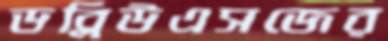
ডব্লিউএসজের